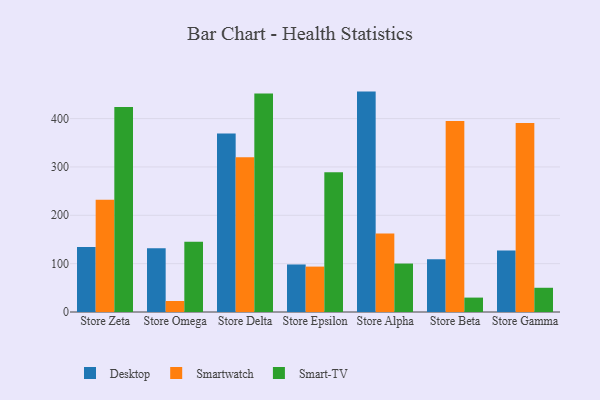
{"axis": {"x": "Store", "y": "Latency (ms)"}, "legend": ["Desktop", "Smart-TV", "Smartwatch"], "data": [{"x": "Store Zeta", "y": 134.5, "type": "Desktop"}, {"x": "Store Zeta", "y": 231.9, "type": "Smartwatch"}, {"x": "Store Zeta", "y": 424.2, "type": "Smart-TV"}, {"x": "Store Omega", "y": 132.0, "type": "Desktop"}, {"x": "Store Omega", "y": 22.7, "type": "Smartwatch"}, {"x": "Store Omega", "y": 145.5, "type": "Smart-TV"}, {"x": "Store Delta", "y": 369.1, "type": "Desktop"}, {"x": "Store Delta", "y": 320.0, "type": "Smartwatch"}, {"x": "Store Delta", "y": 452.1, "type": "Smart-TV"}, {"x": "Store Epsilon", "y": 98.3, "type": "Desktop"}, {"x": "Store Epsilon", "y": 93.9, "type": "Smartwatch"}, {"x": "Store Epsilon", "y": 289.2, "type": "Smart-TV"}, {"x": "Store Alpha", "y": 455.8, "type": "Desktop"}, {"x": "Store Alpha", "y": 162.4, "type": "Smartwatch"}, {"x": "Store Alpha", "y": 100.2, "type": "Smart-TV"}, {"x": "Store Beta", "y": 108.9, "type": "Desktop"}, {"x": "Store Beta", "y": 395.0, "type": "Smartwatch"}, {"x": "Store Beta", "y": 29.8, "type": "Smart-TV"}, {"x": "Store Gamma", "y": 127.4, "type": "Desktop"}, {"x": "Store Gamma", "y": 390.8, "type": "Smartwatch"}, {"x": "Store Gamma", "y": 50.1, "type": "Smart-TV"}]}